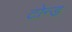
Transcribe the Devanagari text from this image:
टोन्ड